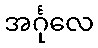
အင်္ဂုလေ